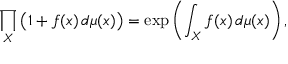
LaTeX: \prod _ { X } { \big ( } 1 + f ( x ) \, d \mu ( x ) { \big ) } = \exp \left( \int _ { X } f ( x ) \, d \mu ( x ) \right) ,